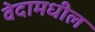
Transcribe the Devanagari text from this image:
वेदामधील